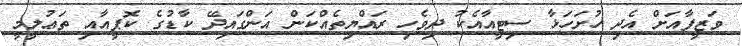
ވަޒީފާއަށް އެދި ހުށަހަޅާ ސިޓީއާއެކު ދިވެހި ރައްޔިތެއްކަން އަންގައިދޭ ކާޑުގެ ކޮޕީއާއި ތަޢުލީމީ